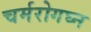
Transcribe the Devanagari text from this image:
चर्मरोगघ्न